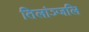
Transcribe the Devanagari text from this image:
तिलांञ्जलि